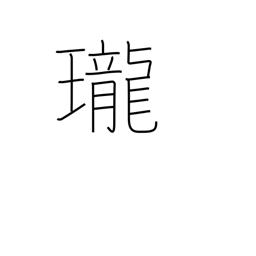
Meaning: clarity